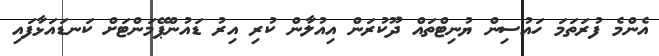
އެންމެ ފުރަތަމަ ހައުސިން ޔުނިޓްތައް ދޫކުރަން އިއުލާން ކުރި އިރު ޑައުންޕޭމަންޓަށް ކަނޑައަޅާފައި